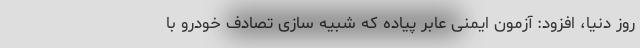
روز دنیا، افزود: آزمون ایمنی عابر پیاده که شبیه سازی تصادف خودرو با